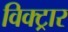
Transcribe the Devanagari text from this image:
विक्ट्रार